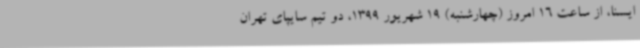
ایسنا، از ساعت 16 امروز (چهارشنبه) 19 شهریور 1399، دو تیم سایپای تهران